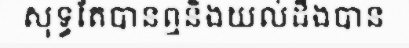
សុទ្ធតែបានឮនិងយល់ដឹងបាន